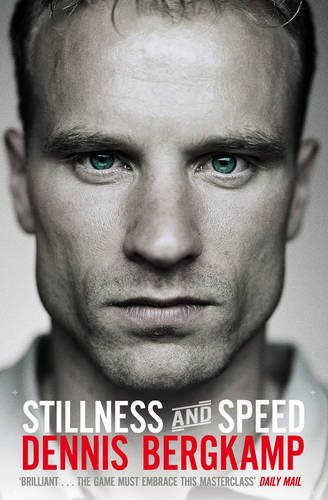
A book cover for Stillness and Speed: My Story; Dennis Bergkamp; Sports & Outdoors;